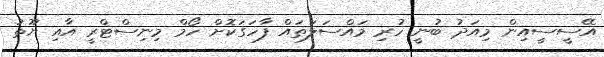
އޭސީސީއިން މިއަދު ބުނީ ހުރި މައްސަލަތައް ފާހަގަކޮށް ހޯމް މިނިސްޓްރީ އާއި ޔޫތު